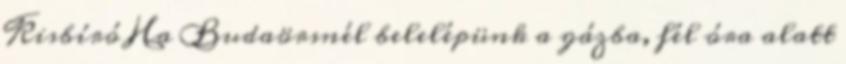
Kisbíró Ha Budaörsnél belelépünk a gázba, fél óra alatt